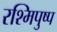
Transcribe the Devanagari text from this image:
रश्मिपुष्प